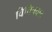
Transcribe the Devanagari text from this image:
विचित्रवाद